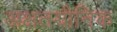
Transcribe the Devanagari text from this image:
अक्षतयौनिक